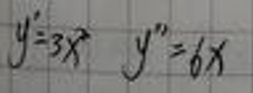
$y' = 3x^2\quad y'' = 6x$